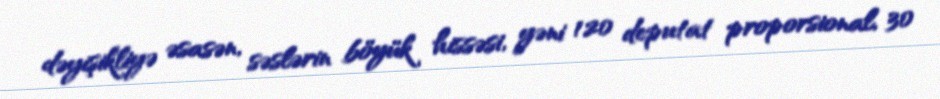
dəyişikliyə əsasən, səslərin böyük hissəsi, yəni 120 deputat proporsional, 30